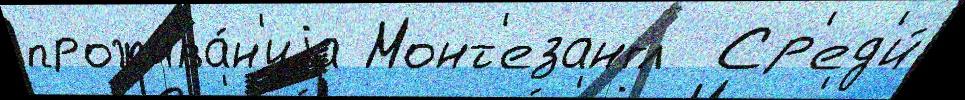
прожива́н'иjа Монт'езангл  Ср'ед'и́